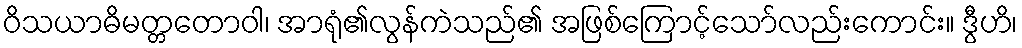
ဝိသယာဓိမတ္တတောဝါ၊ အာရုံ၏လွန်ကဲသည်၏ အဖြစ်ကြောင့်သော်လည်းကောင်း။ ဒွီဟိ၊